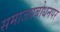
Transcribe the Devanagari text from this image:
समाजप्रबोधनपर